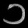
Digit: ၁